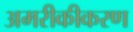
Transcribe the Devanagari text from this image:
अमरीकीकरण